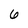
Character: 6